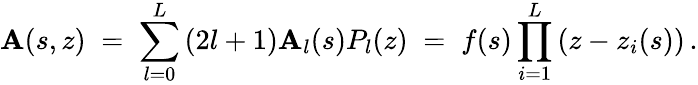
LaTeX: \mathbf{A}(s,z)\; =\; \sum_{l=0}^{L}\, (2l+1)\mathbf{A}_{l}(s)P_{l}(z)\; =\; f(s)\prod_{i=1}^{L}\, (z-z_{i}(s))\, .